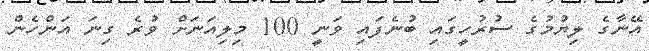
އޭނާގެ ލިޔުމުގެ ސުރުހީގައި ބުނެފައި ވަނީ 100 މިލިއަނަށް ވުރެ ގިނަ އަންހެން